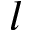
l